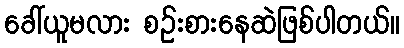
ခေါ်ယူမလား စဉ်းစားနေဆဲဖြစ်ပါတယ်။